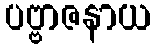
ပဗ္ဗာဇနာယ